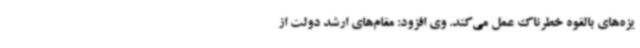
یزه‌های بالقوه خطرناک عمل می‌کند. وی افزود: مقام‌های ارشد دولت از